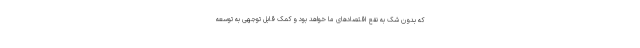
که بدون شک به نفع اقتصادهای ما خواهد بود و کمک قابل توجهی به توسعه